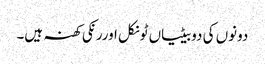
دونوں کی دوبیٹیاں ٹونکل اوررنکی کھنہ ہیں۔